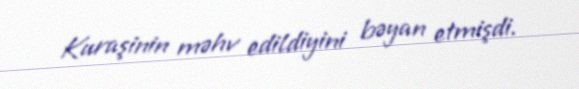
Kuraşinin məhv edildiyini bəyan etmişdi.